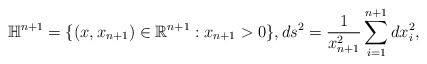
\begin{align*}\mathbb{H}^{n+1}=\{(x,x_{n+1})\in \mathbb{R}^{n+1}:x_{n+1}>0\},ds^2=\frac{1}{x_{n+1}^2}\sum_{i=1}^{n+1}dx_i^2,\end{align*}